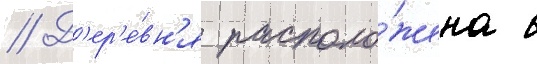
// Д'ер'е́вн'я располо́жена в